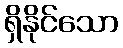
ရှိနိုင်သော